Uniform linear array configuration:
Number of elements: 24
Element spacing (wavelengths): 0.5
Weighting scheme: exponential
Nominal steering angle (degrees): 30
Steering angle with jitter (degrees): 30.259
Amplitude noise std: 0.05
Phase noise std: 0.05

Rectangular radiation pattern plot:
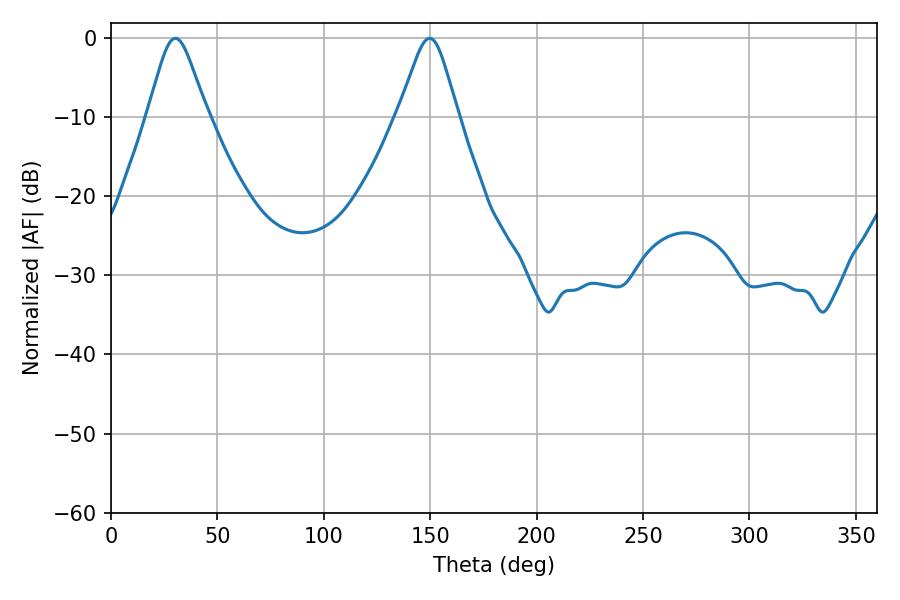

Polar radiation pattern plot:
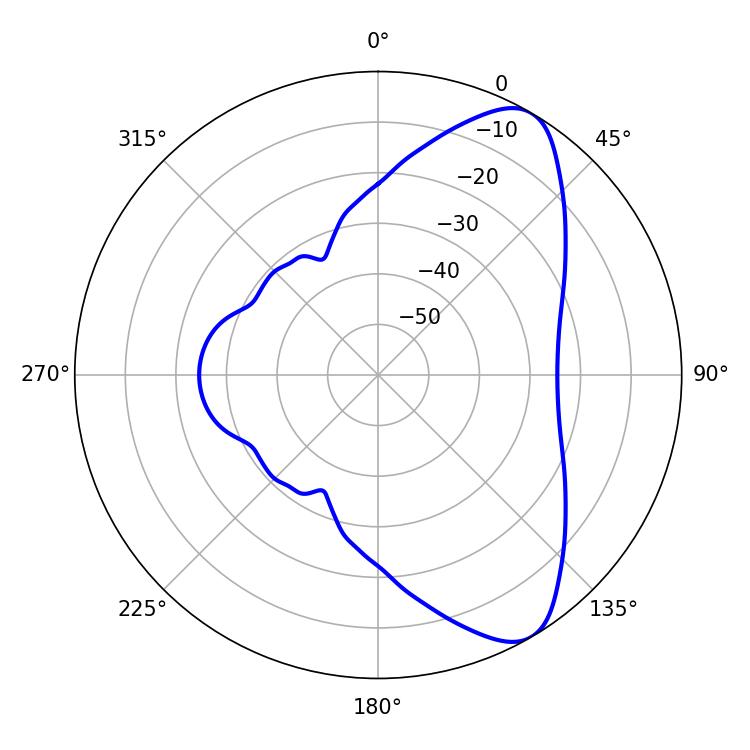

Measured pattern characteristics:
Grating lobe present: FALSE
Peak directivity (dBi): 8.307
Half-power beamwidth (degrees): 13.5
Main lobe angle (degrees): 30.24